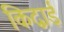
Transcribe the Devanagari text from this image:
किद्वाई